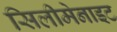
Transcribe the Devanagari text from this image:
सिलीमेनाइट